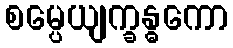
စမ္ပေယျက္ခန္ဓကော